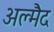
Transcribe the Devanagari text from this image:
अल्मैद